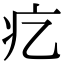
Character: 𤴥